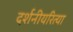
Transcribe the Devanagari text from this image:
दर्शनीयरित्या